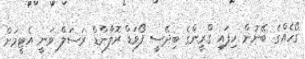
ގޯހެއްގެ ބޭނުން ހިފައި ގްރީންގެ ބިދޭސީ ފޯވަޑް ރޮލާންޑް ރަސަލް ވަނީ އެޓީމަށް